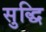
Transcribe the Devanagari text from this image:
सुद्धि